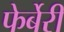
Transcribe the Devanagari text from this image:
फेर्बेरी